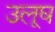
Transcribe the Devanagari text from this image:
उलूघ